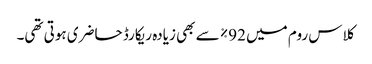
کلاس روم میں 92% سے بھی زیادہ ریکارڈ حاضری ہوتی تھی۔